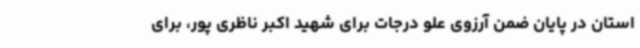
استان در پایان ضمن آرزوی علو درجات برای شهید اکبر ناظری پور، برای